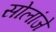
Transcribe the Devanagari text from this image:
सोलांजे